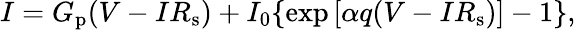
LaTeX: I=G_{\mathrm{p}}(V-IR_{\mathrm{s}})+I_{0}\lbrace\exp\left[\alpha q(V-IR_{\mathrm{{s}}})\right]-1\rbrace,